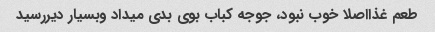
طعم غذااصلا خوب نبود، جوجه کباب بوی بدی میداد وبسیار دیررسید